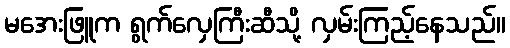
မအေးဖြူက ရွက်လှေကြီးဆီသို့ လှမ်းကြည့်နေသည်။